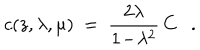
c ( z , \lambda , \mu ) ~ = ~ { \frac { 2 \lambda } { 1 \! - \! \lambda ^ { 2 } } } \, C .